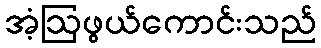
အံ့ဩဖွယ်ကောင်းသည်